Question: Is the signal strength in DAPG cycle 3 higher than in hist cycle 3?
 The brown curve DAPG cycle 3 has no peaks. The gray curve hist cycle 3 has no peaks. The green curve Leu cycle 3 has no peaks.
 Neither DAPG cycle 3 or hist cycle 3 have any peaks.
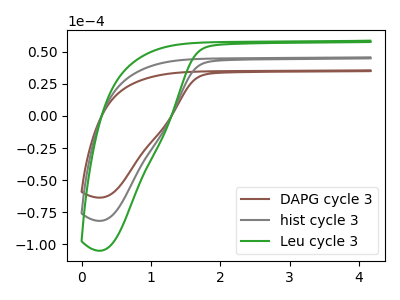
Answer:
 <answer>I cant tell if "DAPG cycle 3" or "hist cycle 3" has more signal.</answer>
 <eval>mixed_signal</eval>